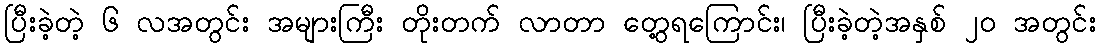
ပြီးခဲ့တဲ့ ၆ လအတွင်း အများကြီး တိုးတက် လာတာ တွေ့ရကြောင်း၊ ပြီးခဲ့တဲ့အနှစ် ၂၀ အတွင်း